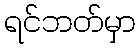
ရင်ဘတ်မှာ